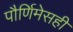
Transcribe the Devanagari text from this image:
पौर्णिमेसही